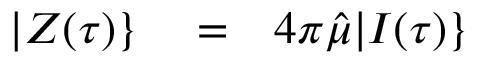
\begin{array} { r l r } { | Z ( \tau ) \} } & { { } = } & { 4 \pi \hat { \mu } | I ( \tau ) \} } \end{array}